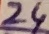
Text: 24